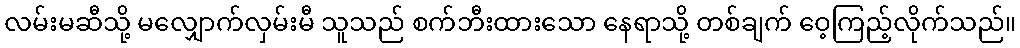
လမ်းမဆီသို့ မလျှောက်လှမ်းမီ သူသည် စက်ဘီးထားသော နေရာသို့ တစ်ချက် ဝေ့ကြည့်လိုက်သည်။